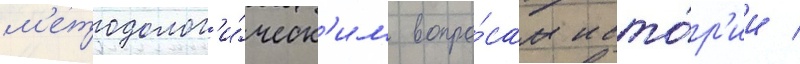
м'етодолог'и́ческ'им вопро́сам исто́р'ии /